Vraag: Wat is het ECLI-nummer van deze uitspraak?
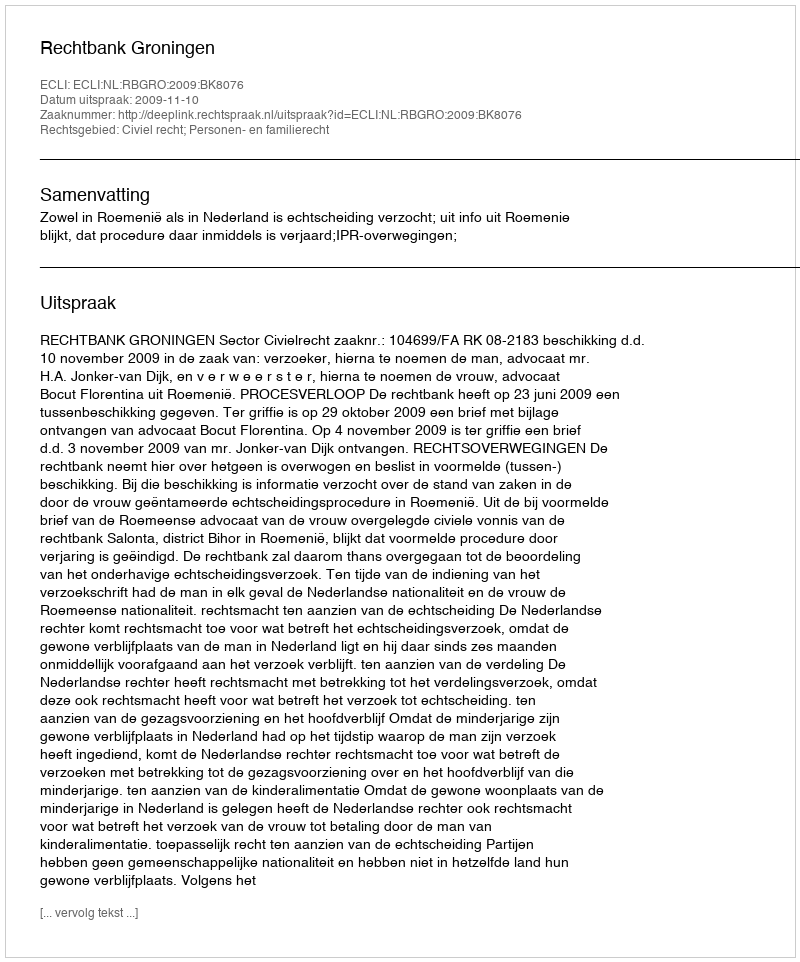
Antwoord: ECLI:NL:RBGRO:2009:BK8076